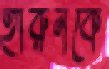
হারুনকে